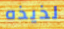
لذيذه